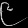
Digit: ၉